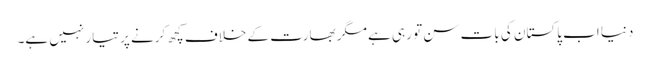
دنیا اب پاکستان کی بات سن تو رہی ہے مگر بھارت کے خلاف کچھ کرنے پر تیار نہیں ہے۔